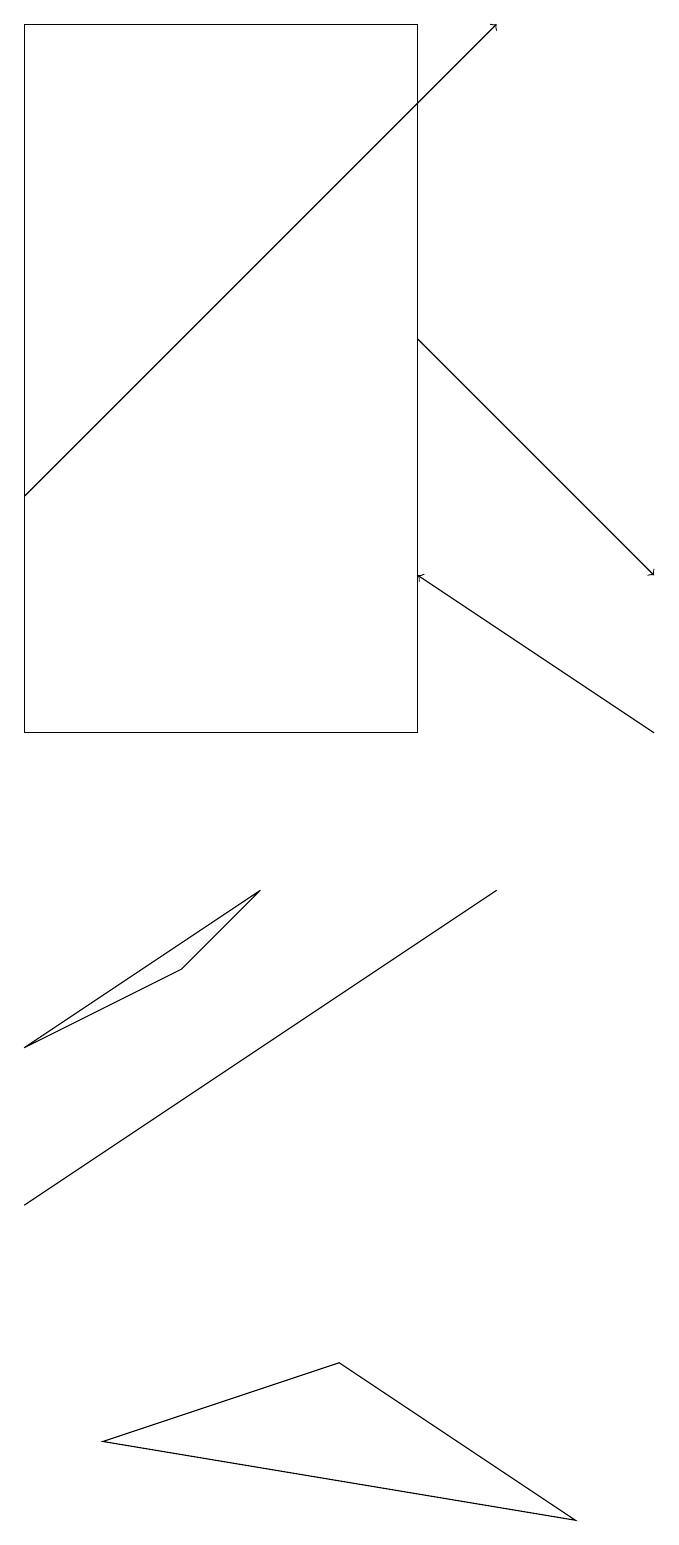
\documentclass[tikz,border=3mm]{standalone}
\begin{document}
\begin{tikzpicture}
\draw[->] (1,13) -- (7,19);
\draw (7,8) -- (4,6) -- (1,4) -- cycle;
\draw (2,1) -- (5,2) -- (8,0) -- cycle;
\draw (1,19) rectangle (6,10);
\draw[->] (9,10) -- (6,12);
\draw[->] (6,15) -- (9,12);
\draw (3,7) -- (4,8) -- (1,6) -- cycle;
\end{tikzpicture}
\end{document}